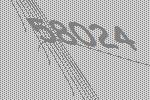
58024